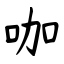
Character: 咖